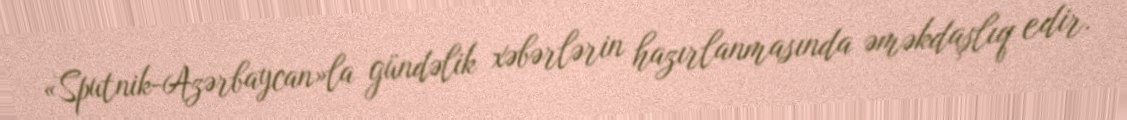
«Sputnik-Azərbaycan»la gündəlik xəbərlərin hazırlanmasında əməkdaşlıq edir.